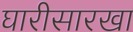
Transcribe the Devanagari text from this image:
घारीसारखा